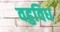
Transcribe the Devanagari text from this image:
वहुविध